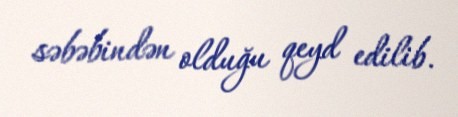
səbəbindən olduğu qeyd edilib.